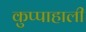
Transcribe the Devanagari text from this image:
कुप्पाहाली